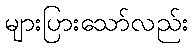
များပြားသော်လည်း